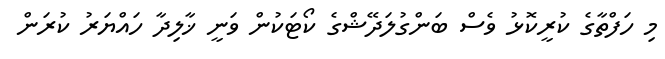
މި ހަފްތާގެ ކުރީކޮޅު ވެސް ބަންގުލަދޭޝްގެ ކޯޓަކުން ވަނީ ޚާލިދާ ހައްޔަރު ކުރަން